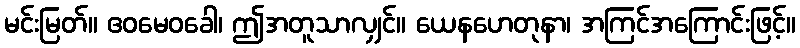
မင်းမြတ်။ ဧဝမေဝခေါ၊ ဤအတူသာလျှင်။ ယေနဟေတုနာ၊ အကြင်အကြောင်းဖြင့်။